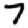
Digit: 7